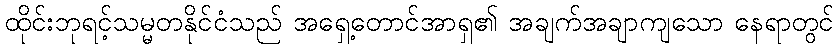
ထိုင်းဘုရင့်သမ္မတနိုင်ငံသည် အရှေ့တောင်အာရှ၏ အချက်အချာကျသော နေရာတွင်